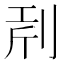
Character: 𠜝